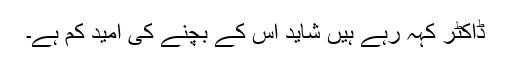
ڈاکٹر کہہ رہے ہیں شاید اس کے بچنے کی امید کم ہے۔